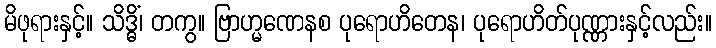
မိဖုရားနှင့်။ သိဒ္ဓိံ၊ တကွ။ ဗြာဟ္မဏေနစ ပုရောဟိတေန၊ ပုရောဟိတ်ပုဏ္ဏားနှင့်လည်း။